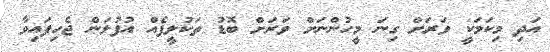
އަދި މިކަމަކީ ވަރަށް ގިނަ މީހުންނަށް ވަރަށް ބޮޑު ތަކުލީފެއް އުފުލަން ޖެހިފައިވާ